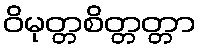
ဝိမုတ္တစိတ္တတ္တာ